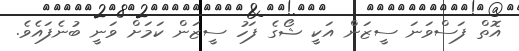
އޮތް ފަސްވަނަ ސީޒަން އަކީ ޝޯގެ ފަހު ސީޒަން ކަމަށް ވަނީ ބުނެފައެވެ.